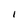
Character: I